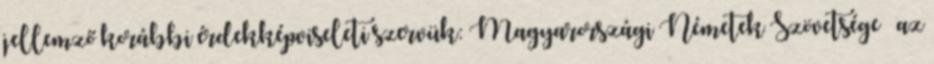
jellemző korábbi érdekképviseleti szervük: Magyarországi Németek Szövetsége  az